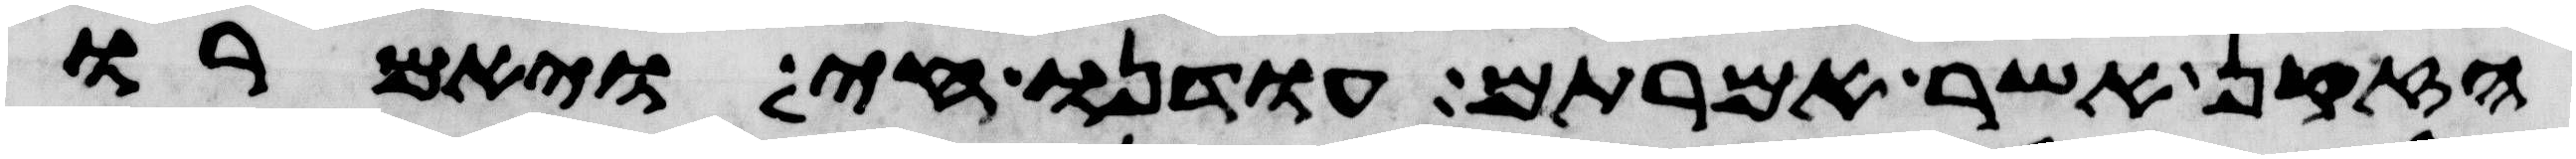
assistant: הזקן אשר אמרתם עודנו חי ויאמרו